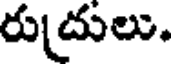
రుదులు.